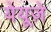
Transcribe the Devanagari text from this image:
येयूज़े